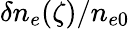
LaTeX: \delta n_{e}(\zeta)/n_{e0}